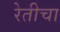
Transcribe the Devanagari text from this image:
रेतीचा